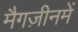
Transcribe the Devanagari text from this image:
मैगज़ीनमें